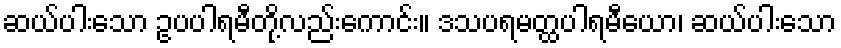
ဆယ်ပါးသော ဥပပါရမီတို့လည်းကောင်း။ ဒသပရမတ္ထပါရမီယော၊ ဆယ်ပါးသော